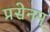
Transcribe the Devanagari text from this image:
प्रसेनम्‌